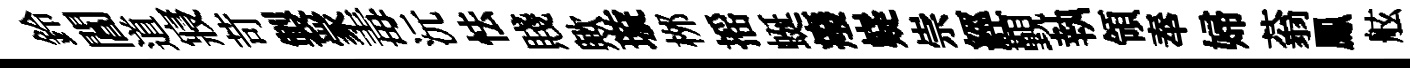
鈴閶道寢苛製䝉毒沅怯賤歟璇桞摇蜒癈嶷崇經覲執領奉婦蓊鳳舷